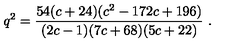
q ^ { 2 } = { \frac { 5 4 ( c + 2 4 ) ( c ^ { 2 } - 1 7 2 c + 1 9 6 ) } { ( 2 c - 1 ) ( 7 c + 6 8 ) ( 5 c + 2 2 ) } } \ .